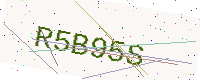
Text: R5B95S